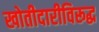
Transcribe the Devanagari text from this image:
खोतीदारीविरूद्ध